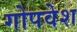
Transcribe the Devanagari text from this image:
गोपवेश